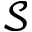
\mathcal S